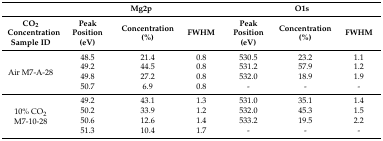
|  | <COLSPAN=3> Mg2p | <COLSPAN=3> O1s |
 | CO2 Concentration Sample ID | Peak Position (eV) | Concentration (%) | FWHM | Peak Position (eV) | Concentration (%) | FWHM |
 | --- | --- | --- | --- | --- | --- | --- |
 | <ROWSPAN=4> Air M7-A-28 | 48.5 | 21.4 | 0.8 | 530.5 | 23.2 | 1.1 |
 | 49.2 | 44.5 | 0.8 | 531.2 | 57.9 | 1.2 |
 | 49.8 | 27.2 | 0.8 | 532.0 | 18.9 | 1.9 |
 | 50.7 | 6.9 | 0.8 | - | - | - |
 | <ROWSPAN=4> 10% CO2 M7-10-28 | 49.2 | 43.1 | 1.3 | 531.0 | 35.1 | 1.4 |
 | 50.2 | 33.9 | 1.2 | 532.0 | 45.3 | 1.5 |
 | 50.6 | 12.6 | 1.4 | 533.2 | 19.5 | 2.2 |
 | 51.3 | 10.4 | 1.7 | - | - | - |